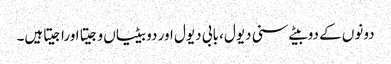
دونوں کے دوبیٹے سنی دیول، بابی دیول اور دو بیٹیاں وجیتا اوراجیتاہیں۔